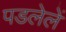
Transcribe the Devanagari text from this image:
पडलेलें